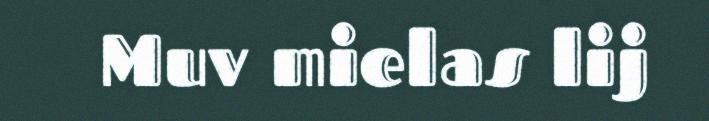
Muv mielas lij